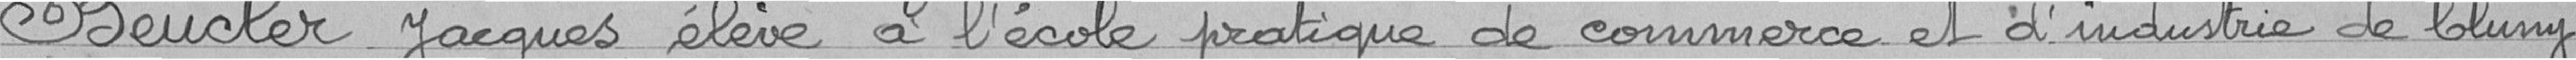
BEUCKER Jacques, élève à l'école pratique de commerce et d'industrie de Cluny